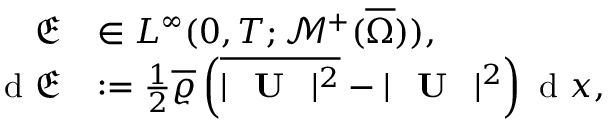
\begin{array} { r l } { \mathfrak { E } } & { \in L ^ { \infty } ( 0 , T ; \mathcal { M } ^ { + } ( \overline { { \Omega } } ) ) , } \\ { \textup { d } \mathfrak { E } } & { : = \frac { 1 } { 2 } \overline { { \varrho } } \left( \overline { { | \textbf { \textup { U } } | ^ { 2 } } } - | \textbf { \textup { U } } | ^ { 2 } \right) \textup { d } x , } \end{array}